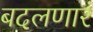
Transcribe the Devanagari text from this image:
बदलणारं